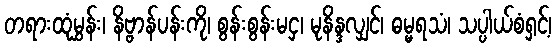
တရားထုံမွှန်း၊ နိဗ္ဗာန်ပန်းကို၊ စွန်းစွန်းမငှ၊ မုနိန္ဒလျှင်၊ ဓမ္မရသံ၊ သပ္ပါယ်စံရှင့်၊